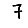
Digit: 7